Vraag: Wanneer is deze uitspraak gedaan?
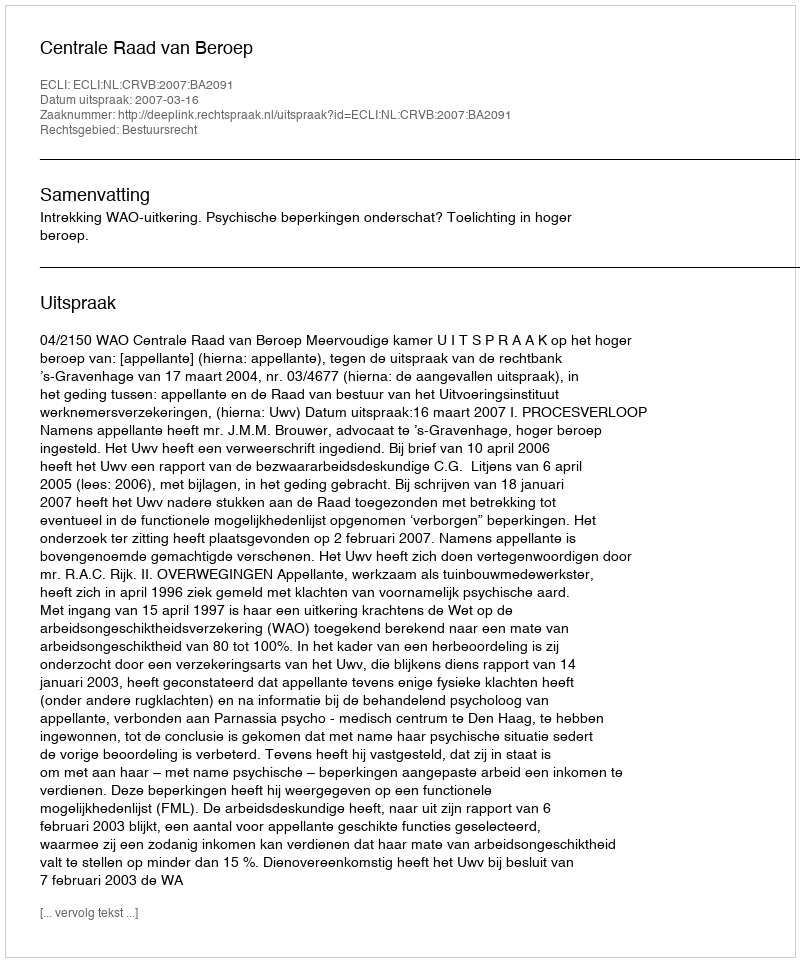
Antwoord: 2007-03-16